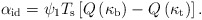
\begin{align*}\alpha_{\rm id}=\psi_{1}T_{\rm s} \left[Q\left(\kappa_{\rm b}\right)-Q\left(\kappa_{\rm t}\right)\right].\end{align*}